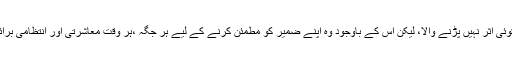
عام آدمی کو پتا ہوتا ہے کہ اس سے حکمران طبقہ پر کوئی اثر نہیں پڑنے والا، لیکن اس کے باوجود وہ اپنے ضمیر کو مطمئن کرنے کے لیے ہر جگہ ،ہر وقت معاشرتی اور انتظامی برائیوں بارے اپنا اظہارِ خیال کرنے سے قطعاً نہیں کتراتا۔